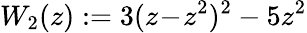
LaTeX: W_{2}(z):=3(z\! -\! z^{2})^{2}-5z^{2}